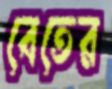
বেতের